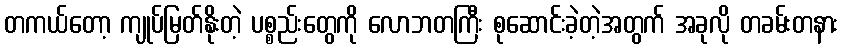
တကယ်တော့ ကျုပ်မြတ်နိုးတဲ့ ပစ္စည်းတွေကို လောဘတကြီး စုဆောင်းခဲ့တဲ့အတွက် အခုလို တခမ်းတနား